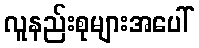
လူနည်းစုများအပေါ်